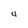
Character: 4